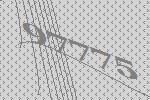
97775